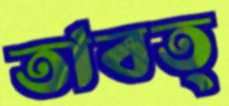
তাবত্